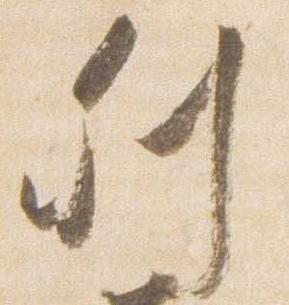
列